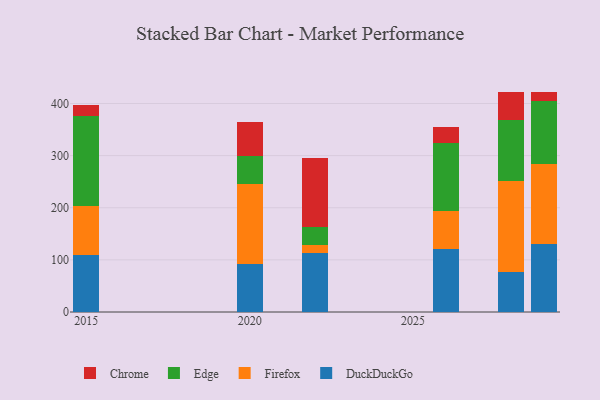
{"axis": {"x": "Year", "y": "Budget (USD K)"}, "legend": ["Chrome", "DuckDuckGo", "Edge", "Firefox"], "data": [{"x": "2026", "y": 120.3, "type": "DuckDuckGo"}, {"x": "2026", "y": 73.0, "type": "Firefox"}, {"x": "2026", "y": 131.1, "type": "Edge"}, {"x": "2026", "y": 30.7, "type": "Chrome"}, {"x": "2015", "y": 108.6, "type": "DuckDuckGo"}, {"x": "2015", "y": 95.5, "type": "Firefox"}, {"x": "2015", "y": 171.4, "type": "Edge"}, {"x": "2015", "y": 21.3, "type": "Chrome"}, {"x": "2022", "y": 114.0, "type": "DuckDuckGo"}, {"x": "2022", "y": 13.7, "type": "Firefox"}, {"x": "2022", "y": 36.3, "type": "Edge"}, {"x": "2022", "y": 132.1, "type": "Chrome"}, {"x": "2020", "y": 92.3, "type": "DuckDuckGo"}, {"x": "2020", "y": 152.4, "type": "Firefox"}, {"x": "2020", "y": 55.0, "type": "Edge"}, {"x": "2020", "y": 65.1, "type": "Chrome"}, {"x": "2029", "y": 129.7, "type": "DuckDuckGo"}, {"x": "2029", "y": 154.4, "type": "Firefox"}, {"x": "2029", "y": 119.9, "type": "Edge"}, {"x": "2029", "y": 17.8, "type": "Chrome"}, {"x": "2028", "y": 76.6, "type": "DuckDuckGo"}, {"x": "2028", "y": 174.2, "type": "Firefox"}, {"x": "2028", "y": 116.9, "type": "Edge"}, {"x": "2028", "y": 55.1, "type": "Chrome"}]}